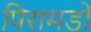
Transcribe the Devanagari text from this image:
पिरामडों